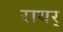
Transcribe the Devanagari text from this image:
रायर्